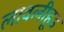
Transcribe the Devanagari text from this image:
लावलीहूड